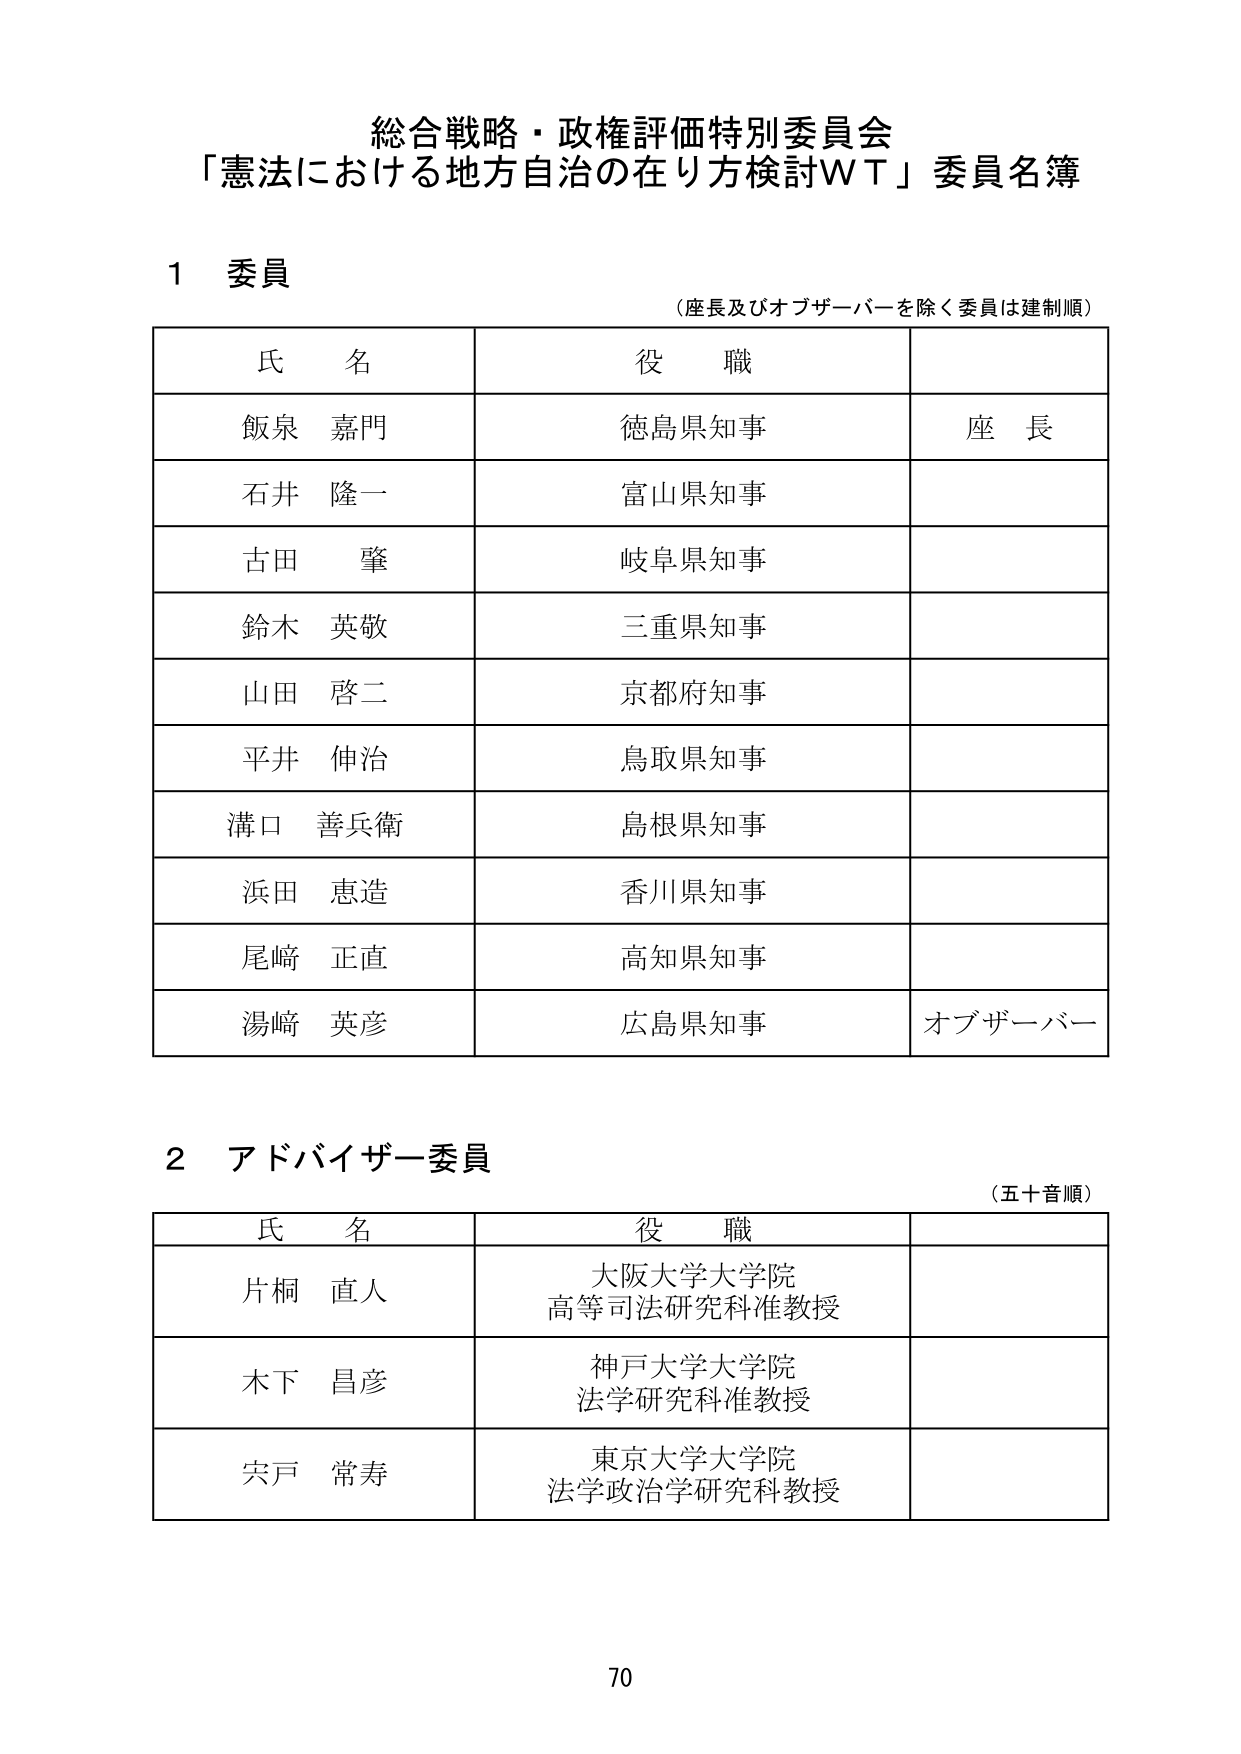
総合戦略・政権評価特別委員会
「憲法における地方自治の在り方検討WT」委員名簿

1 委員
（座長及びオブザーバーを除く委員は建制順）

氏 名　　　　　　　役 職